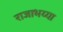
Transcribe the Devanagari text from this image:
राजाभय्या